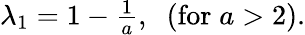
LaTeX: \begin{array}{r}{\lambda_{1}=1-\frac{1}{a},\; \; (\mathrm{for}\; a>2).}\end{array}